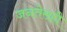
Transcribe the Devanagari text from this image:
जनतेसही